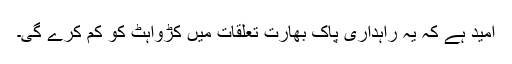
امید ہے کہ یہ راہداری پاک بھارت تعلقات میں کڑواہٹ کو کم کرے گی۔